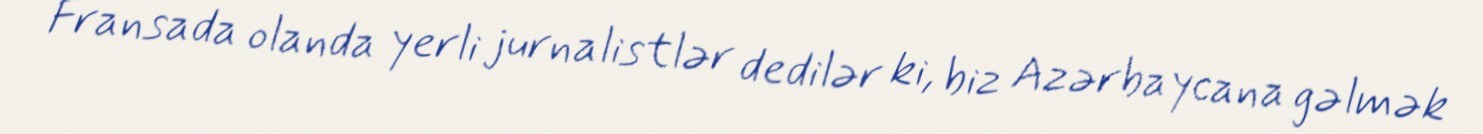
Fransada olanda yerli jurnalistlər dedilər ki, biz Azərbaycana gəlmək